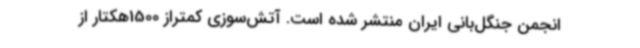
انجمن جنگل‌بانی ایران منتشر شده است. آتش‌سوزی کمتراز 1500هکتار از